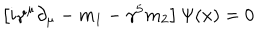
LaTeX: \left[ i \gamma ^ { \mu } \partial _ { \mu } - m _ { 1 } - \gamma ^ { 5 } m _ { 2 } \right] \Psi ( x ) = 0 \,